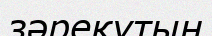
зәреқұтын